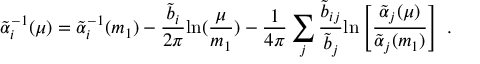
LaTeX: \tilde { \alpha } _ { i } ^ { - 1 } ( \mu ) = \tilde { \alpha } _ { i } ^ { - 1 } ( m _ { 1 } ) - { \frac { \tilde { b } _ { i } } { 2 \pi } } \mathrm { l n } ( { \frac { \mu } { m _ { 1 } } } ) - { \frac { 1 } { 4 \pi } } \sum _ { j } { \frac { \tilde { b } _ { i j } } { \tilde { b } _ { j } } } \mathrm { l n } \left[ { \frac { \tilde { \alpha } _ { j } ( \mu ) } { \tilde { \alpha } _ { j } ( m _ { 1 } ) } } \right] ~ .